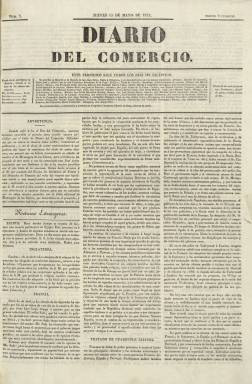
Título: Diario del comercio (Madrid. 1834)
Colección: Periódicos anteriores a 1850
Ámbito geográfico: Madrid
Lugar de publicación: Madrid
Fechas: 15/05/1834-31/05/1834

Forma parte de los periódicos fundados tras finalizar el absolutismo fernandino, en el comienzo del periodo liberal cristino, que coincide con la incorporación de la prensa española a la europea, tanto en su forma como en sus contenidos. Su primer número es publicado el 15 de mayo de 1834 y no existe certeza sobre quienes fueron sus verdaderos fundadores, entre los que se cita a Evaristo de San Miguel y al duque de Rivas, Ángel de Saavedra, y en cuya redacción pudieron estar tanto Antonio Alcalá Galiano, como Gabriel José García y José Álvaro de Zafra. Pero de lo que no cabe duda es que forma parte del grupo de la prensa liberal avanzada del periodo.

Estampado en la Imprenta de los Herederos de Francisco Dávila, sus números son de cuatro páginas, compuestas a tres columnas en una densa y buena tipografía y papel. Estructurado en secciones, comienza con la de noticias extranjeras, le sigue la de España, en donde son incorporadas las correspondientes a las instituciones del Estado datadas en Madrid, y tras ella la de provincias. A continuación va la de Variedades, en donde se incluyen los contenidos de tipo literario; la programación de espectáculos; la económica, con las cotizaciones de la bolsa y fondos públicos y, al final, algún anuncio comercial, generalmente, bibliográfico.

Precisamente, en su sección Variedades, del número 8, correspondiente al 22 de mayo, aparece la acusación de plagio a Scribe en la comedia No más mostrador, de Mariano José de Larra, de la que el autor romántico español se defendió.

Tanto en su prospecto (que no forma parte de la colección) como en sus primeros números, se informa que el Gobierno no le había autorizado que a su título se le sumara la indicación de Mensajero de las Cortes, quizá para que no se produjera confusión con el El Eco del comercio, que con ideología liberal también avanzada había comenzado a publicarse dos semanas antes y lo seguirá haciendo con esta cabecera hasta 1849.

Hasta el número 17, del 31 de mayo, aparecerá con el título Diario del comercio, para a partir del uno de junio y siguiendo la secuencia continúe publicándose pero con la cabecera Mensajero de las Cortes, tras haberlo aprobado al final así el Gobierno, título que también forma parte de la colección de la Biblioteca Nacional de España (BNE). Por su parte, Alcalá Galiano dirigirá El Observador, el otro diario que aparecerá el 15 de julio de ese mismo año 1834.

El Duque de Rivas será el director de El Mensajero de las Cortes, que seguirá editándose como diario hasta el 28 de febrero de 1835, cuando se refunda con La Revista española (1832) y formen el nuevo título Revista-mensajero

Señala Seoane (1983) que el liberalismo de El Mensajero fue menos radical que el de El Eco del comercio. También reseña este título Ossorio y Bernard (1903), Asenjo (1933) y Gómez Aparicio (1967).